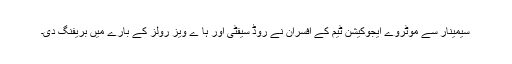
سیمینار سے موٹروے ایجوکیشن ٹیم کے افسران نے روڈ سیفٹی اور ہا ے ویز رولز کے بارے میں بریفنگ دی۔